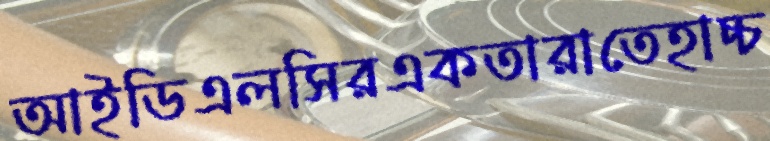
আইডিএলসিরএকতারাতেহাচ্চ